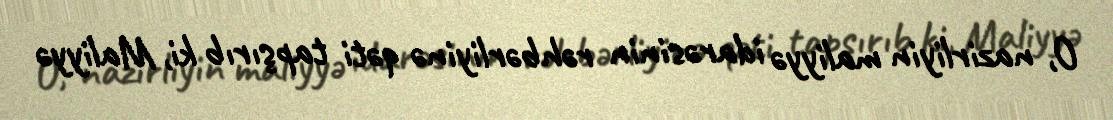
O, nazirliyin maliyyə idarəsinin rəhbərliyinə qəti tapşırıb ki, Maliyyə